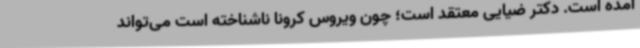
آمده است. دکتر ضیایی معتقد است؛ چون ویروس کرونا ناشناخته است می‌تواند